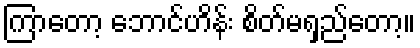
ကြာတော့ ဘောင်ဟိန်း စိတ်မရှည်တော့။